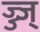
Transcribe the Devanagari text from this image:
ज्ज्ज्